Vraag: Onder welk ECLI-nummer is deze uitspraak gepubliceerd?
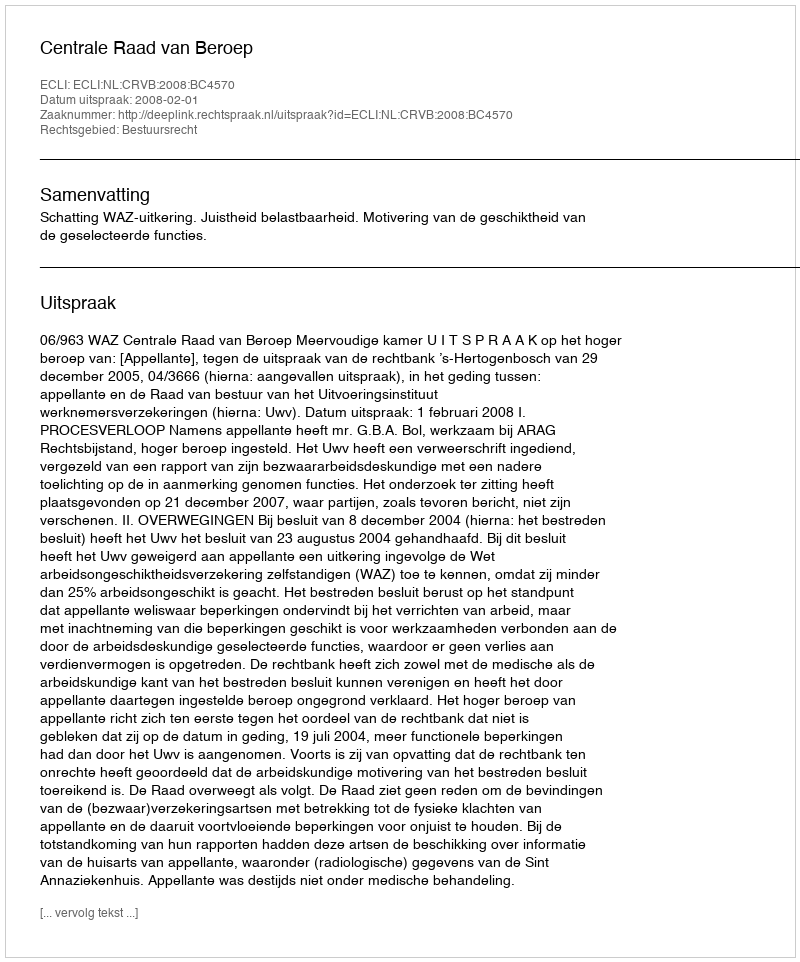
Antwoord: ECLI:NL:CRVB:2008:BC4570